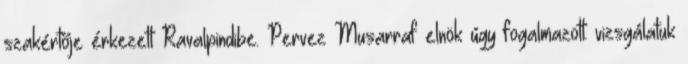
szakértője érkezett Ravalpindibe. Pervez Musarraf elnök úgy fogalmazott: vizsgálatuk